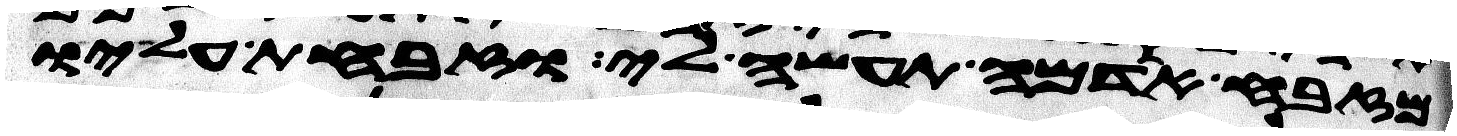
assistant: מזבח אדמה תעשה לי וזבחת עליו